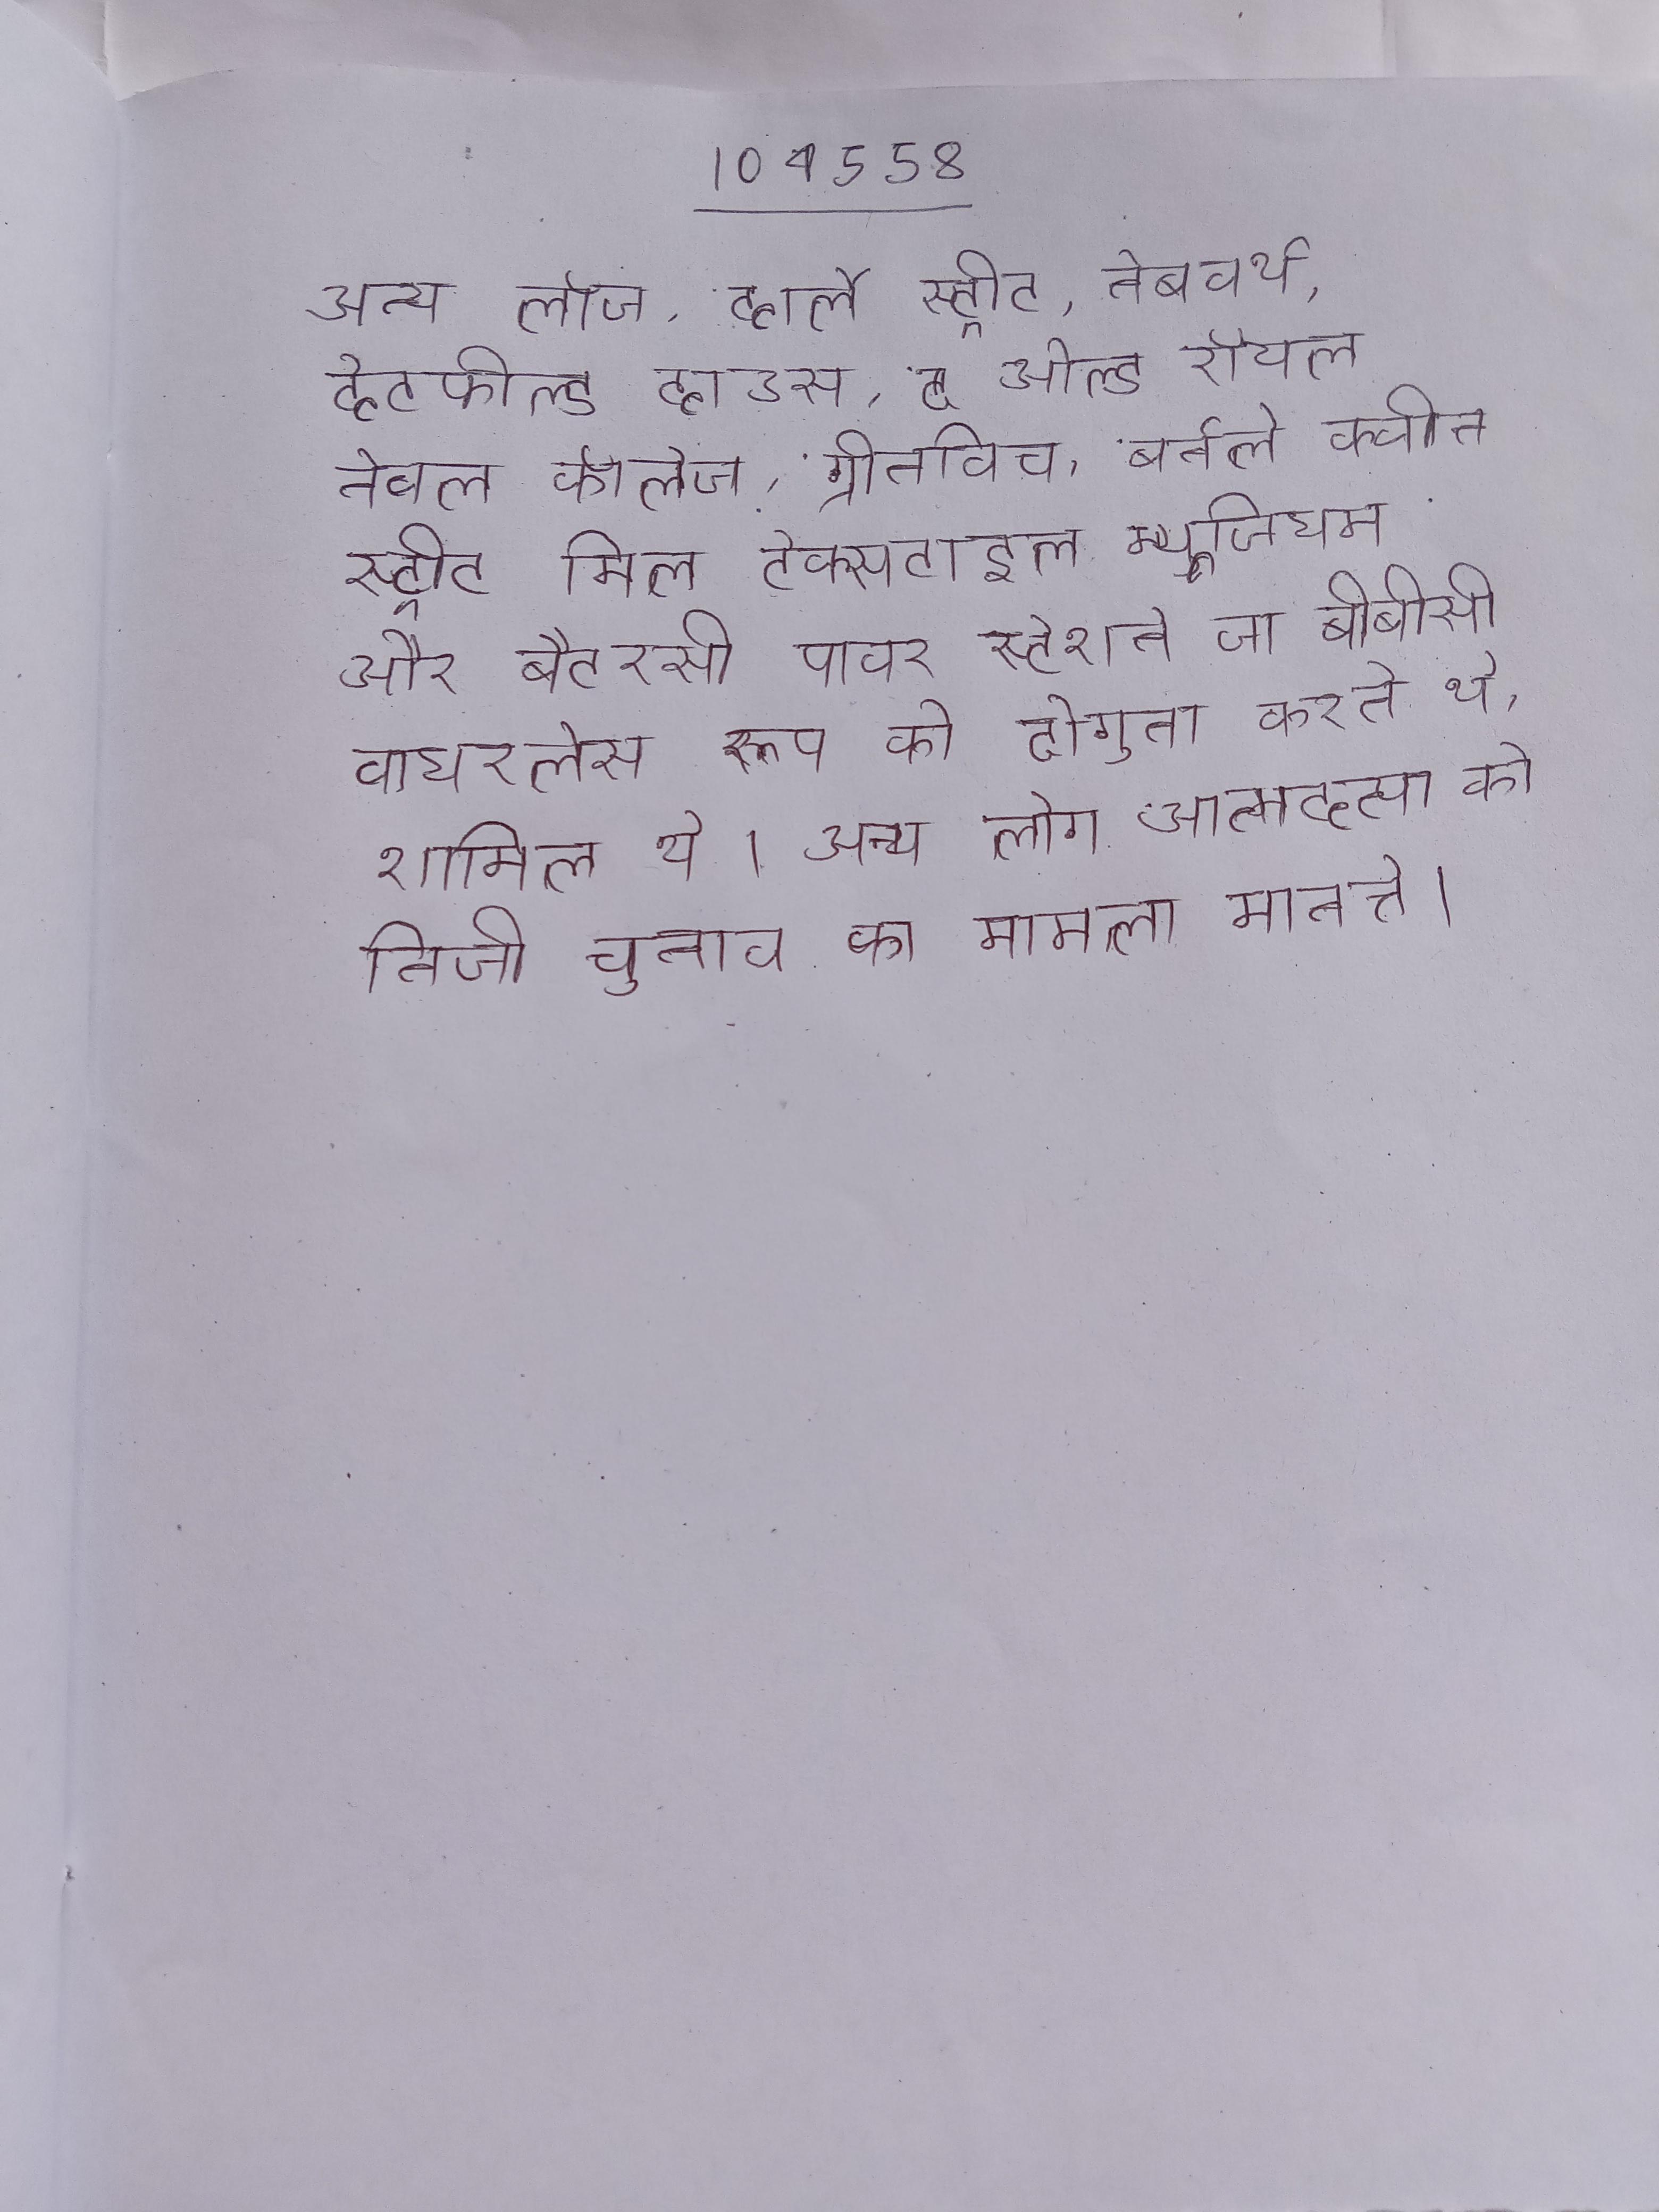
अन्य लॉज, हार्ले स्ट्रीट, नेबवर्थ, हेटफील्ड हाउस, द ओल्ड रॉयल नेवल कॉलेज, ग्रीनविच, बर्नले क्वीन स्ट्रीट मिल टेक्सटाइल म्यूजियम और बैटरसी पावर स्टेशन जो बीबीसी वायरलेस रूप को दोगुना करते थे, शामिल थे । अन्य लोग आत्महत्या को निजी चुनाव का मामला मानते ।